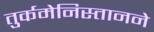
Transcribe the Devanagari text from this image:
तुर्कमेनिस्तानने